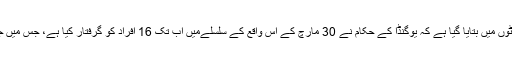
وائس آف امریکہ کی سواحلی زبان کی رپورٹوں میں بتایا گیا ہے کہ یوگنڈا کے حکام نے 30 مارچ کے اِس واقع کے سلسلےمیں اب تک 16 افراد کو گرفتار کیا ہے، جس میں جوہن کاغذی کو گولیاں مار کر ہلاک کیا گیا۔